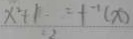
x ^ { 2 } + 1 = t ^ { - 1 } ( x )